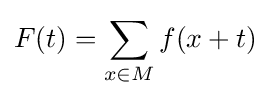
F(t)=\sum _{x\in M}f(x+t)